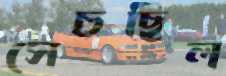
সেচছিল